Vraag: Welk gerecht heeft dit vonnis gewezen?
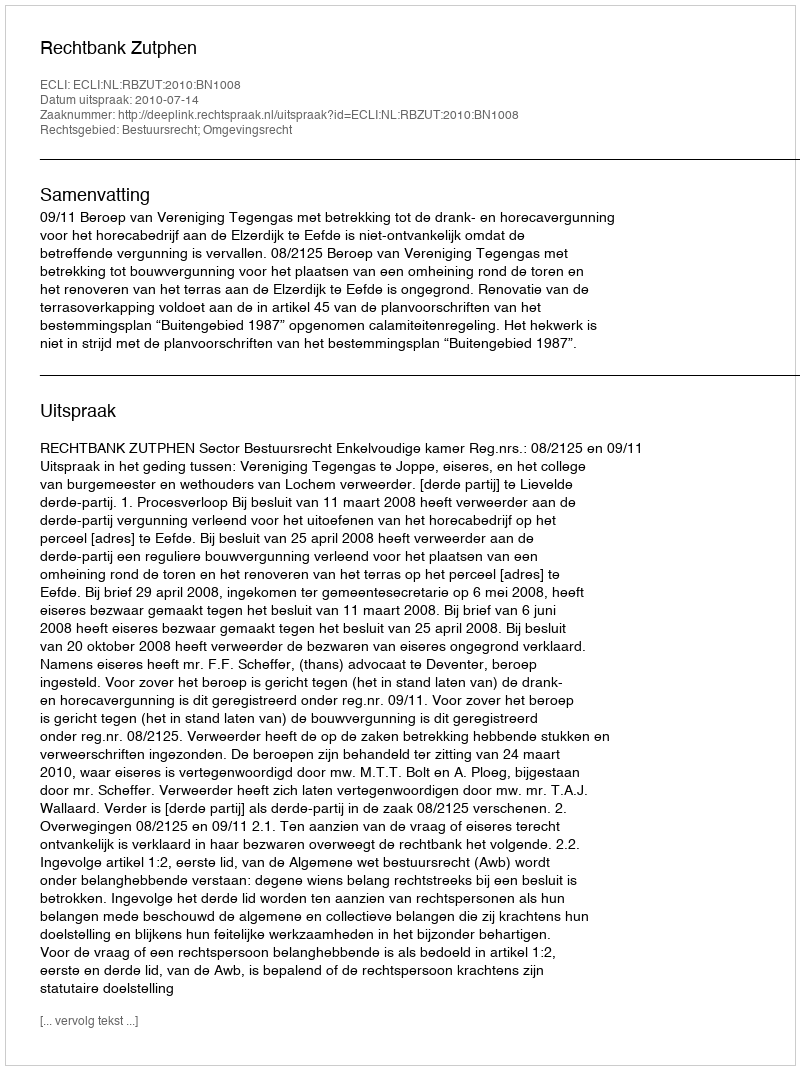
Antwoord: Rechtbank Zutphen